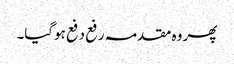
پھر وہ مقدمہ رفع دفع ہوگیا۔